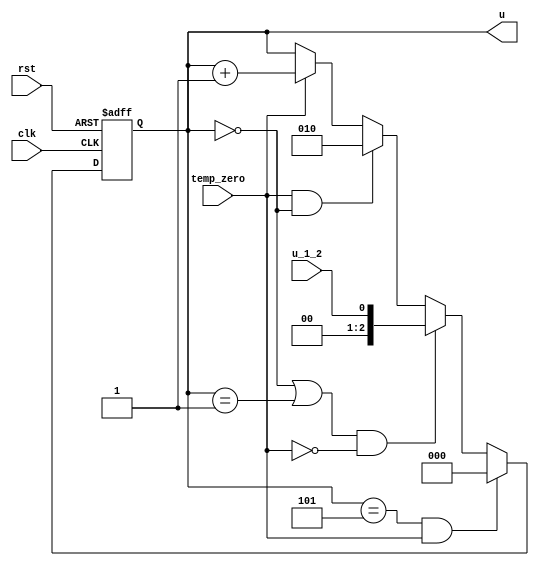
module u_count_L17(clk,u,rst,temp_zero,u_1_2);
input wire rst,clk,temp_zero,u_1_2;
output reg [2:0] u;
always @ (posedge clk or negedge rst)
	begin
		if (!rst )
			u<=0;
		else if (u==5&&temp_zero)
			u<=0;
		else if ((u==0||u==1)&&!temp_zero)
			u<=u_1_2;	
		else if (temp_zero&&u==0)
			u<=2;							
		else if (temp_zero)
			u<=u+3'b1;
	end
endmodule